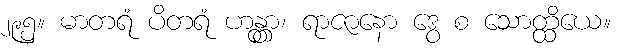
၂၉၅။ မာတရံ ပိတရံ ဟန္တွာ၊ ရာဇာနော ဒွေ စ သောတ္ထိယေ။